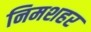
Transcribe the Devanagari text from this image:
निमशहर